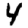
Digit: 4